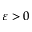
\varepsilon > 0